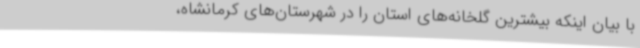
با بیان اینکه بیشترین گلخانه‌های استان را در شهرستان‌های کرمانشاه،